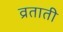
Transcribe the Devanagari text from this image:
व्रताती